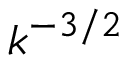
k ^ { - 3 / 2 }